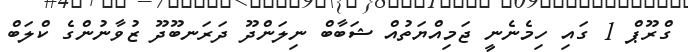
ގްރޫޕް 1 ގައި ހިމެނެނީ ޖަމިއްޔަތުއް ޝަބާބް ނިލަންދޫ ދަރަނބޫދޫ ޒުވާނުންގެ ކްލަބް